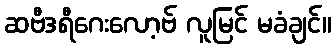
ဆဗီဒရီဂေးလော့ဗ် လူမြင် မခံချင်။